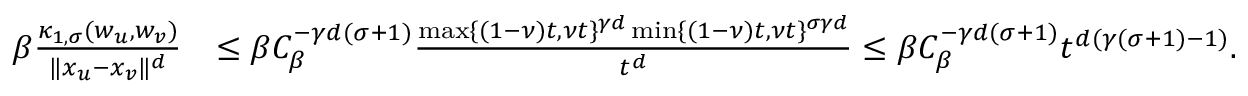
\begin{array} { r l } { \beta \frac { \kappa _ { 1 , \sigma } ( w _ { u } , w _ { v } ) } { \| x _ { u } - x _ { v } \| ^ { d } } } & { \le \beta C _ { \beta } ^ { - \gamma d ( \sigma + 1 ) } \frac { \operatorname* { m a x } \{ ( 1 - \nu ) t , \nu t \} ^ { \gamma d } \operatorname* { m i n } \{ ( 1 - \nu ) t , \nu t \} ^ { \sigma \gamma d } } { t ^ { d } } \le \beta C _ { \beta } ^ { - \gamma d ( \sigma + 1 ) } t ^ { d ( \gamma ( \sigma + 1 ) - 1 ) } . } \end{array}